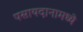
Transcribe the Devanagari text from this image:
पसायदानामध्ये